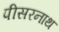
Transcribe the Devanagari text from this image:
पीसरनाथ